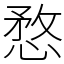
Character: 愗